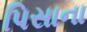
પિસાના